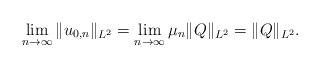
LaTeX: \begin{align*}\lim_{n\rightarrow \infty} \|u_{0,n}\|_{L^2} = \lim_{n\rightarrow \infty} \mu_n \|Q\|_{L^2} = \|Q\|_{L^2}.\end{align*}